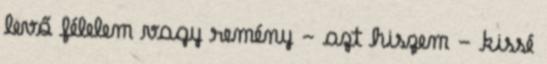
levő félelem vagy remény - azt hiszem - kissé